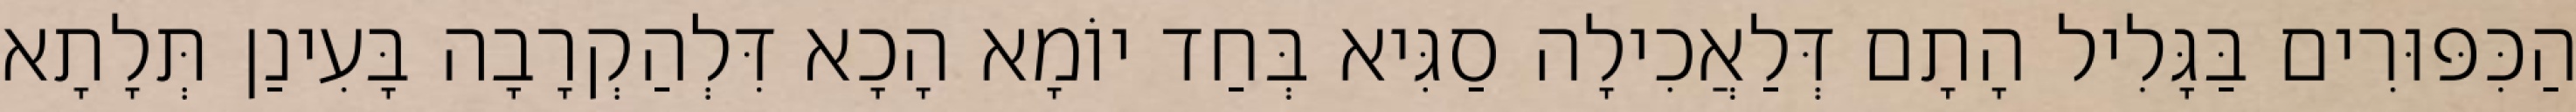
הַכִּפּוּרִים בַּגָּלִיל הָתָם דְּלַאֲכִילָה סַגִּיא בְּחַד יוֹמָא הָכָא דִּלְהַקְרָבָה בָּעִינַן תְּלָתָא